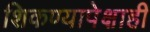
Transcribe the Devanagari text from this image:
शिकण्यापेक्षाही